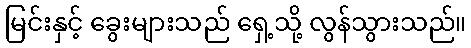
မြင်းနှင့် ခွေးများသည် ရှေ့သို့ လွန်သွားသည်။